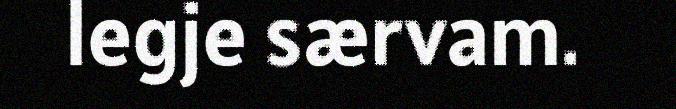
legje særvam.